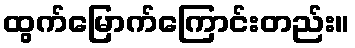
ထွက်မြောက်ကြောင်းတည်း။